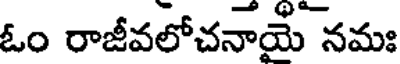
ఓం రాజీవలోచనాయై నమః